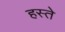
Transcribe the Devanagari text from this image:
हस्‍ते